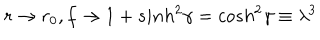
r \rightarrow r _ { 0 } , f \rightarrow 1 + s i n h ^ { 2 } \gamma = c o s h ^ { 2 } \gamma \equiv \lambda ^ { 3 }